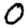
Digit: 0